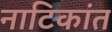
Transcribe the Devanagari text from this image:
नाटिकांत